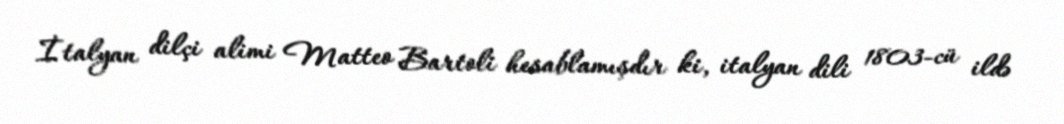
İtalyan dilçi alimi Matteo Bartoli hesablamışdır ki, italyan dili 1803-cü ildə